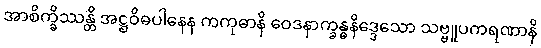
အာစိက္ခိဿန္တိ အဋ္ဌဝိဓပါနေန ကကုဓာနိ ဝေဒနာက္ခန္ဓနိဒ္ဒေသော သဗ္ဗူပကရဏာနိ